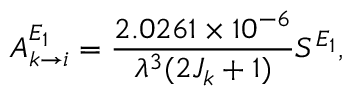
A _ { k \rightarrow i } ^ { E _ { 1 } } = \frac { 2 . 0 2 6 1 \times 1 0 ^ { - 6 } } { \lambda ^ { 3 } ( 2 J _ { k } + 1 ) } S ^ { E _ { 1 } } ,